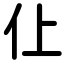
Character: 仩